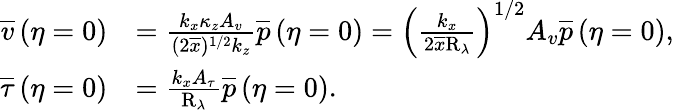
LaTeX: \begin{array}{rl}{\overline{{v}}\left(\eta=0\right)}&{=\frac{k_{x}\kappa_{z}A_{v}}{(2\overline{{x}})^{1/2}k_{z}}\overline{{p}}\left(\eta=0\right)=\left(\frac{k_{x}}{2\overline{{x}}\mathrm{R}_{\lambda}}\right)^{1/2}A_{v}\overline{{p}}\left(\eta=0\right),}\\ {\overline{{\tau}}\left(\eta=0\right)}&{=\frac{k_{x}A_{\tau}}{\mathrm{R}_{\lambda}}\overline{{p}}\left(\eta=0\right).}\end{array}